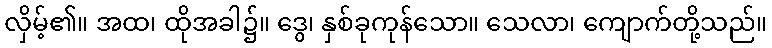
လှိမ့်၏။ အထ၊ ထိုအခါ၌။ ဒွေ၊ နှစ်ခုကုန်သော။ သေလာ၊ ကျောက်တို့သည်။